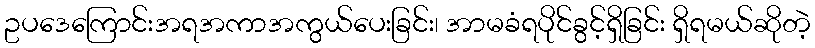
ဥပဒေကြောင်းအရအကာအကွယ်ပေးခြင်း၊ အာမခံရပိုင်ခွင့်ရှိခြင်း ရှိရမယ်ဆိုတဲ့